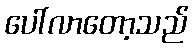
ပေါ်လာတော့သည်